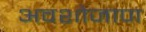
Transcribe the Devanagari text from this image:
अवशोजाण